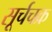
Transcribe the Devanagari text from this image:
सूर्चचक्र